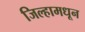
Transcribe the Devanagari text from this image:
जिल्हामधून